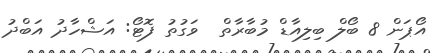
އޯޕަން 8 ބޯލް ބިލިއާޑް މުބާރާތް  ވަގުތު ފޮޓޯ: އަޝްހާދު އަބްދު